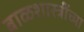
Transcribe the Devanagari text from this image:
बाळशास्त्रींच्या